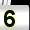
Digit: 5